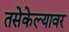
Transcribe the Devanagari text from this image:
तसेकेल्यावर